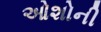
ઓશોની